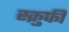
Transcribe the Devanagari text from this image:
स्क्रुफी